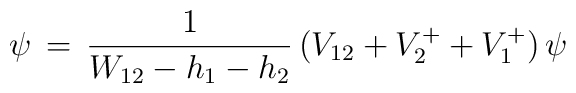
\,\psi\,=\,{1\over W_{12}-h_1-h_2}\,(V_{12}+V^+_2+V^+_1)\,\psi